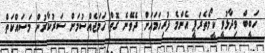
ހަބީބް ވިދާޅުވީ ކީމޯތެރަޕީ އެންމެ ފުރިހަމައަށް ދެވޭނެ ގޮތް ހަމަޖެއްސުމަށް ސަރުކާރުން މަސައްކަތް